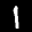
Label: 1